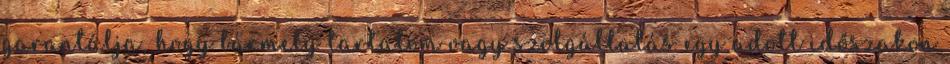
garantálja, hogy bármely tartalom vagy szolgáltatás egy adott időszakon